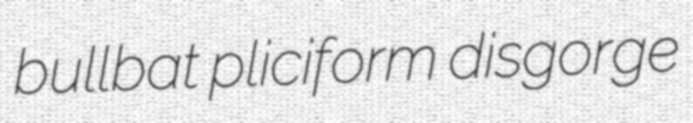
bullbat pliciform disgorge